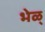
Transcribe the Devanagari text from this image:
भेळ्